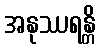
အနုဿရန္တိ